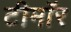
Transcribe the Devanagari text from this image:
टीमॉर